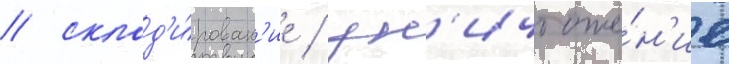
/ склад'и́рован'ие / ун'ичтоже́н'ие